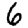
Digit: 6